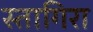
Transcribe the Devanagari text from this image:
स्तागिरा